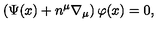
\left( \Psi ( x ) + n ^ { \mu } \nabla _ { \mu } \right) \varphi ( x ) = 0 ,